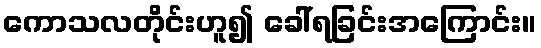
ကောသလတိုင်းဟူ၍ ခေါ်ရခြင်းအကြောင်း။